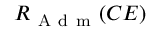
R _ { \mathrm { ~ A ~ d ~ m ~ } } ( C E )